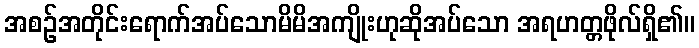
အစဉ်အတိုင်းရောက်အပ်သောမိမိအကျိုးဟုဆိုအပ်သော အရဟတ္တဖိုလ်ရှိ၏။